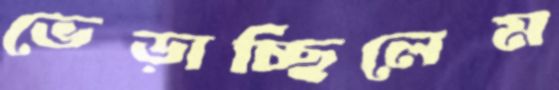
ভেড়াচ্ছিলেম